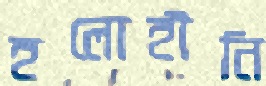
হলোহীনি